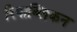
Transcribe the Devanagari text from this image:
रिपाब्लिकन